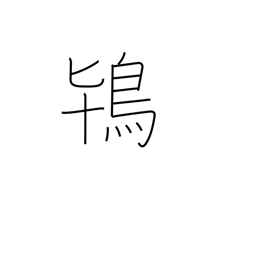
Meaning: crested ibis